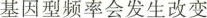
基因型频率会发生改变